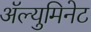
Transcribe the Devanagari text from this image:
अॅल्युमिनेट